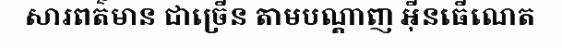
សារពត៌មាន ជាច្រើន តាមបណ្តាញ អ៊ីនធើណេត